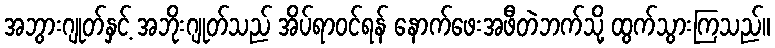
အဘွားဂျုတ်နှင့် အဘိုးဂျုတ်သည် အိပ်ရာဝင်ရန် နောက်ဖေးအဖီတဲဘက်သို့ ထွက်သွားကြသည်။